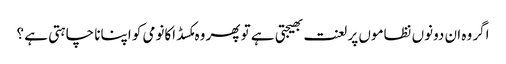
اگر وہ ان دونوں نظاموں پر لعنت بھیجتی ہے تو پھر وہ مکسڈ اکانومی کو اپنانا چاہتی ہے ؟